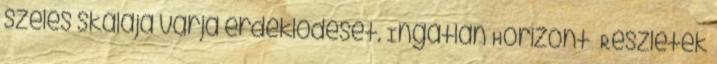
széles skálája várja érdeklődését. Ingatlan Horizont Részletek